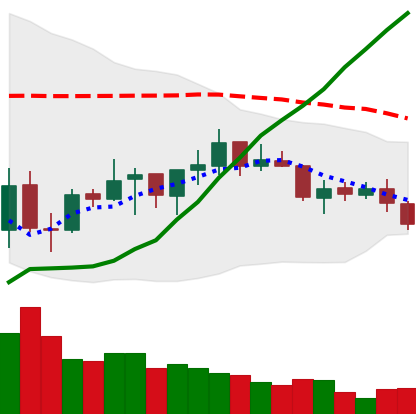
Ticker: ADA-USD
Chart end date: 2021-07-13
Forward return: -6.433%
Label: down_5_7